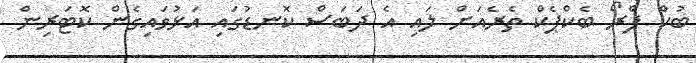
ބުކް ޕްރޯ ބެކްޕެކް ތެރެއަށް ލައި އެ ދަބަސް ކޮނޑުގައި އަޅުވައިގެން ކޮޓަރިން